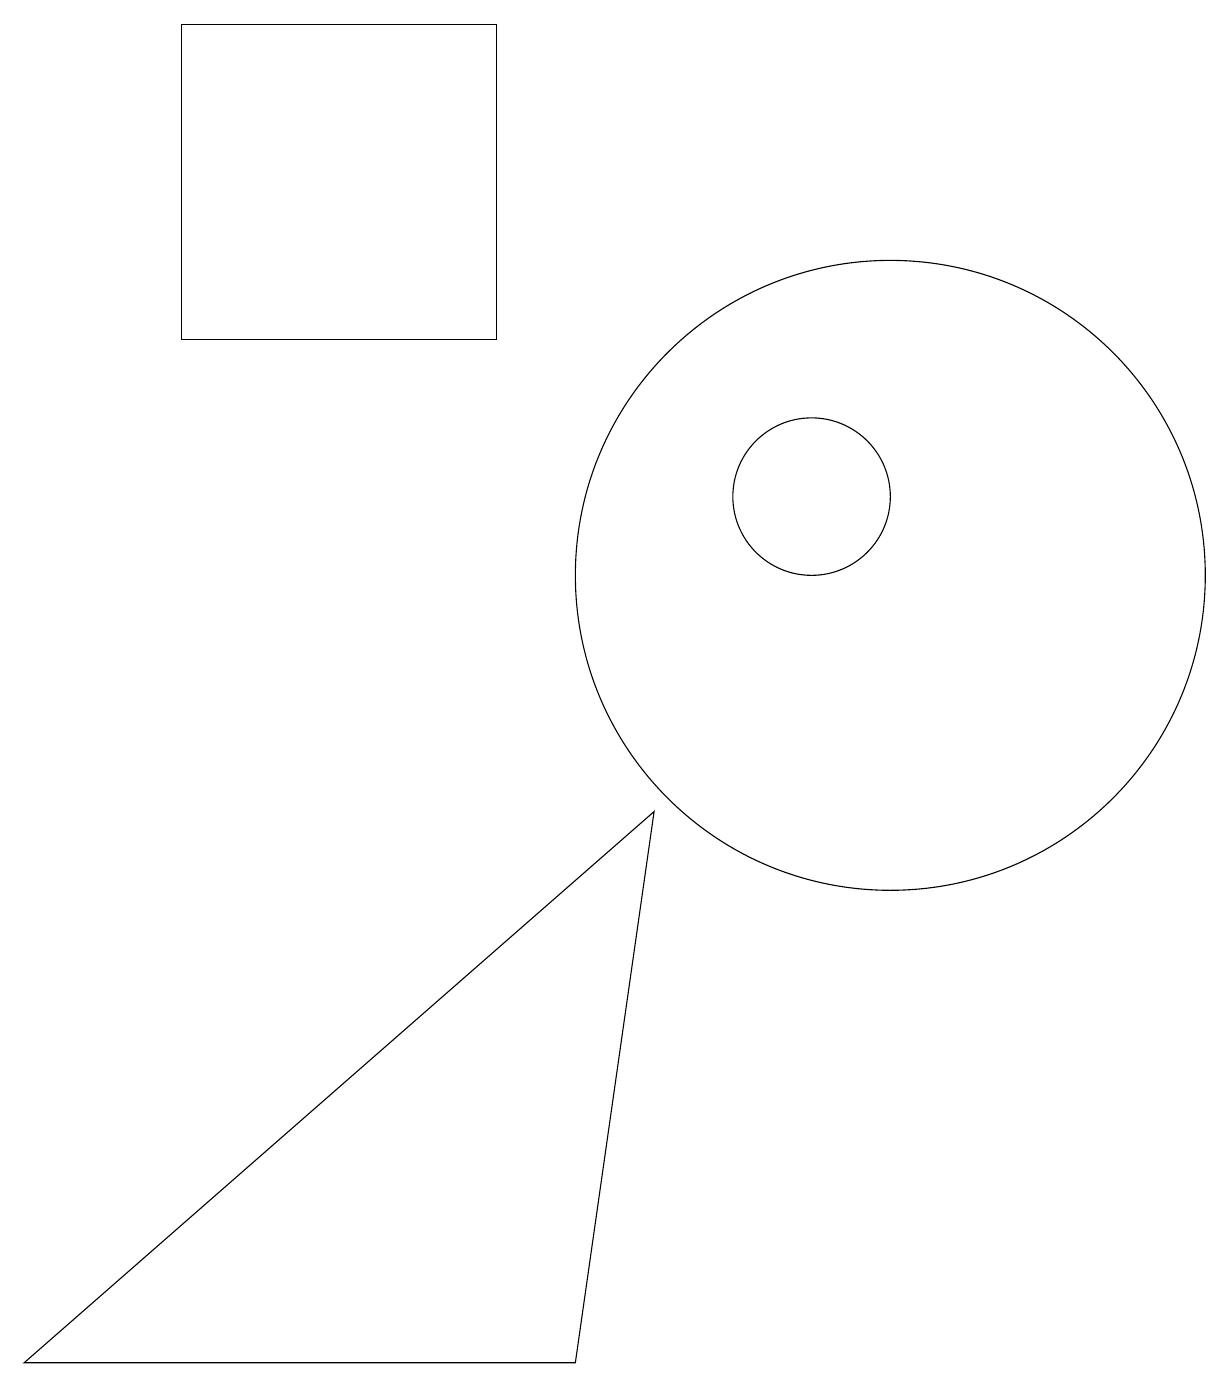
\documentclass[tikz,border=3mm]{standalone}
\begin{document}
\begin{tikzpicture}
\draw (3,14) rectangle (7,18);
\draw (9,8) -- (1,1) -- (8,1) -- cycle;
\draw (12,11) circle (4);
\draw (11,12) circle (1);
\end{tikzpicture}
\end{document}